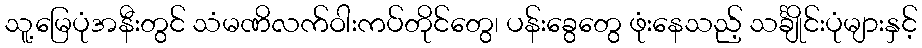
သူ့မြေပုံအနီးတွင် သံမဏိလက်ဝါးကပ်တိုင်တွေ၊ ပန်းခွေတွေ ဖုံးနေသည့် သင်္ချိုင်းပုံများနှင့်